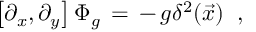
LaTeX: \left[ \partial _ { x } , \partial _ { y } \right] \Phi _ { g } \, = \, - \, g \delta ^ { 2 } ( \vec { x } ) \; \; ,